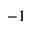
^ { - 1 }